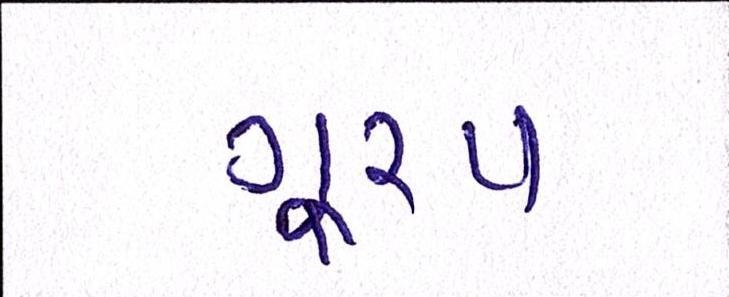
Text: ગૂ્રપ